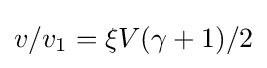
v/v_{1}=\xi V(\gamma +1)/2